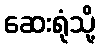
ဆေးရုံသို့